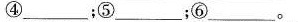
④___；⑤___；⑥___。